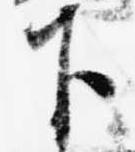
下